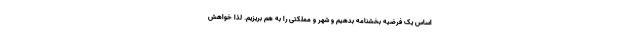
اساس یک فرضیه بخشنامه بدهیم و شهر و مملکتی را به هم بریزیم. لذا خواهش